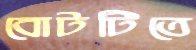
বোটটিতে